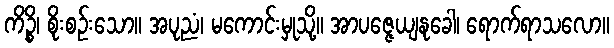
ကိဉ္စိ၊ စိုးစဉ်းသော။ အပုညံ၊ မကောင်းမှုသို့။ အာပဇ္ဇေယျနုခေါ၊ ရောက်ရာသလော။